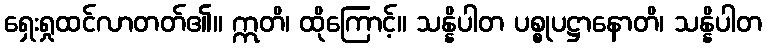
ရှေးရှုထင်လာတတ်၏။ ဣတိ၊ ထိုကြောင့်။ သန္နိပါတ ပစ္စုပဋ္ဌာနောတိ၊ သန္နိပါတ